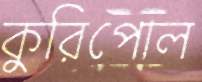
কুরিপোল